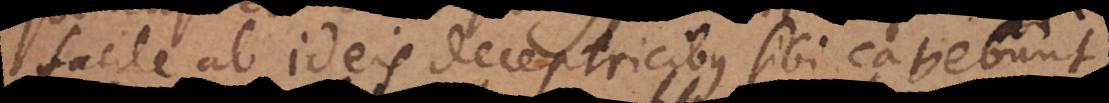
facile ab ideis deceptricibus sibi cavebunt.